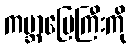
ကမ္ဘာမြေကြီးကို